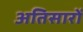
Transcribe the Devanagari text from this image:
अतिसारों